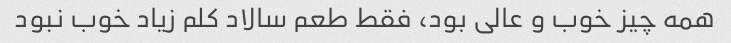
همه چیز خوب و عالی بود، فقط طعم سالاد کلم زیاد خوب نبود